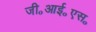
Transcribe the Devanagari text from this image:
जी॰आई॰एस॰